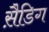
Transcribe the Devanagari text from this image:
स़ैडिग